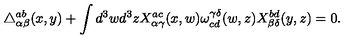
\triangle _ { \alpha \beta } ^ { a b } ( x , y ) + \int d ^ { 3 } w d ^ { 3 } z X _ { \alpha \gamma } ^ { a c } ( x , w ) \omega _ { c d } ^ { \gamma \delta } ( w , z ) X _ { \beta \delta } ^ { b d } ( y , z ) = 0 .